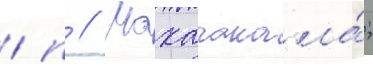
/ п // Махачкала́;